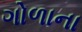
ગોળાના